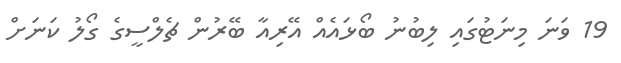
19 ވަނަ މިނަޓުގައި ލިބުނު ބޯޅައެއް އޭރިއާ ބޭރުން ޗެލްސީގެ ގޯލު ކަނަށް